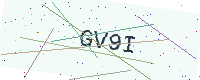
Text: GV9I